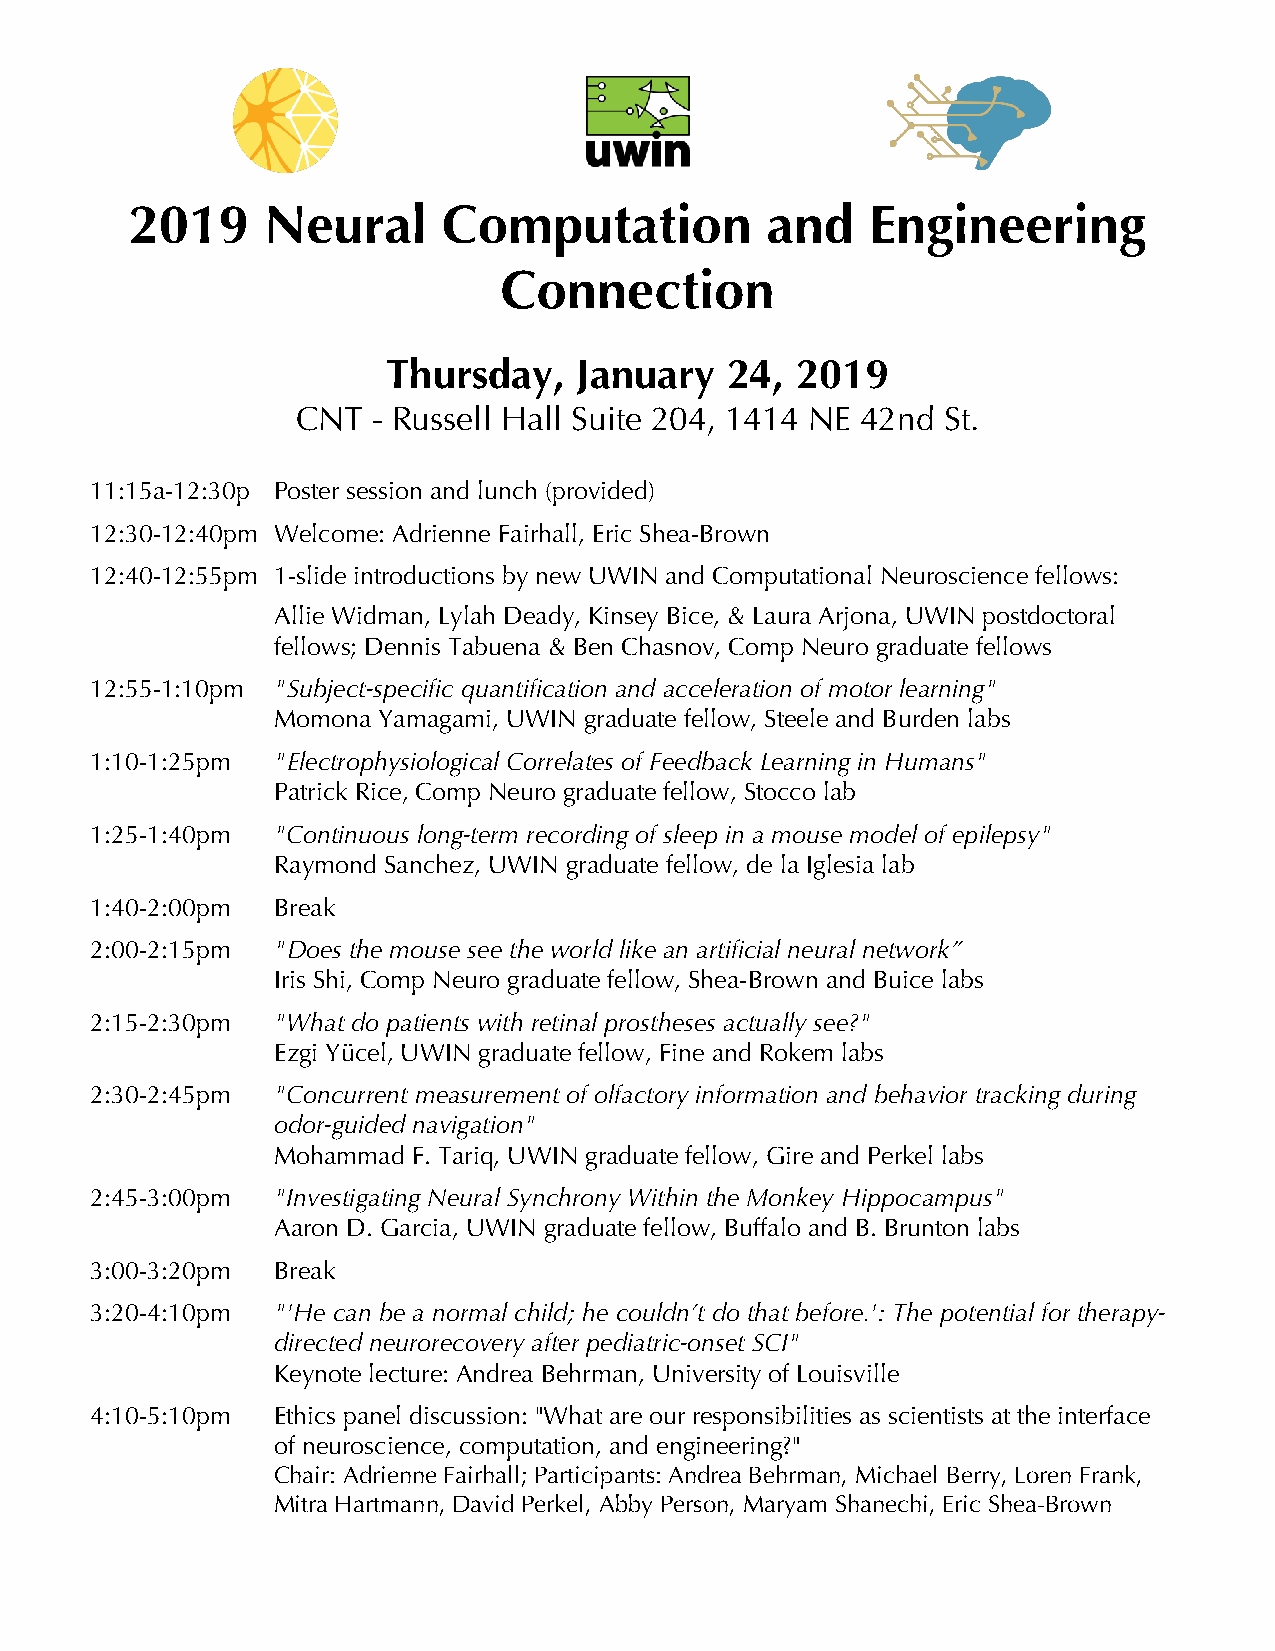
2019    Neural      Computation           and    Engineering
 Connection
 Thursday,   January   24,  2019
 CNT  - Russell Hall Suite 204, 1414 NE 42nd St.
 11:15a-12:30p Poster session and lunch (provided)
 12:30-12:40pm Welcome: Adrienne Fairhall, Eric Shea-Brown
 12:40-12:55pm 1-slide introductions by new UWIN and Computational Neuroscience fellows:
 Allie Widman, Lylah Deady, Kinsey Bice, & Laura Arjona, UWIN postdoctoral
 fellows; Dennis Tabuena & Ben Chasnov, Comp Neuro graduate fellows
 12:55-1:10pm "Subject-specific quantification and acceleration of motor learning"
 Momona Yamagami, UWIN graduate fellow, Steele and Burden labs
 1:10-1:25pm "Electrophysiological Correlates of Feedback Learning in Humans"
 Patrick Rice, Comp Neuro graduate fellow, Stocco lab
 1:25-1:40pm "Continuous long-term recording of sleep in a mouse model of epilepsy"
 Raymond Sanchez, UWIN graduate fellow, de la Iglesia lab
 1:40-2:00pm Break
 2:00-2:15pm "Does the mouse see the world like an artificial neural network”
 Iris Shi, Comp Neuro graduate fellow, Shea-Brown and Buice labs
 2:15-2:30pm "What do patients with retinal prostheses actually see?"
 Ezgi Yücel, UWIN graduate fellow, Fine and Rokem labs
 2:30-2:45pm "Concurrent measurement of olfactory information and behavior tracking during
 odor-guided navigation"
 Mohammad F. Tariq, UWIN graduate fellow, Gire and Perkel labs
 2:45-3:00pm "Investigating Neural Synchrony Within the Monkey Hippocampus"
 Aaron D. Garcia, UWIN graduate fellow, Buffalo and B. Brunton labs
 3:00-3:20pm Break
 3:20-4:10pm "'He can be a normal child; he couldn’t do that before.': The potential for therapy-
 directed neurorecovery after pediatric-onset SCI"
 Keynote lecture: Andrea Behrman, University of Louisville
 4:10-5:10pm Ethics panel discussion: "What are our responsibilities as scientists at the interface
 of neuroscience, computation, and engineering?"
 Chair: Adrienne Fairhall; Participants: Andrea Behrman, Michael Berry, Loren Frank,
 Mitra Hartmann, David Perkel, Abby Person, Maryam Shanechi, Eric Shea-Brown